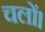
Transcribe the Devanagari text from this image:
चलों।